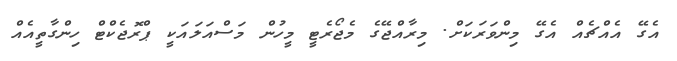
އެގޭ އެއްޗެއް އެގޭ މިންވަރަކަށް. މިރާއްޖޭގެ މެޖޯރެޓީ މީހުން މަސްއަލައަކީ ޕްރޮޖެކްޓް ހިންގާތީއެއް